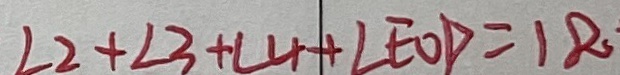
\angle 2 + \angle 3 + \angle 4 + \angle E O D = 1 8 0